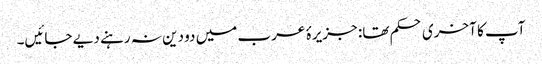
آپ کا آخری حکم تھا: جزیرۂ عرب میں دو دین نہ رہنے دیے جائیں۔